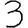
Digit: 3